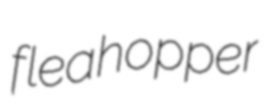
fleahopper